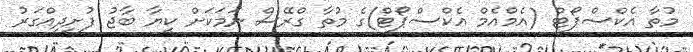
މުތާ އެކްސްޕޯޓް (އެމްއެމް އެކްސްޕޯޓް)ގެ މުތާ ގްރޭސް ނަމަކަށް ކިޔާ ބާޖު ފުށިދިއްގަރު